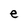
Character: e